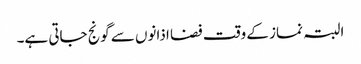
البتہ نماز کے وقت فضا اذانوں سے گونج جاتی ہے۔